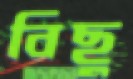
বিছু